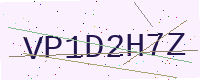
Text: VP1D2H7Z